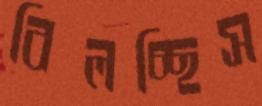
বিলচ্ছিস